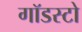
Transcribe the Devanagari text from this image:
गॉडस्टो